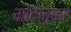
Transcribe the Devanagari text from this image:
मोहोत्कट